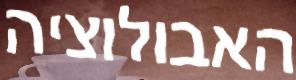
האבולוציה